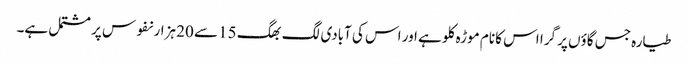
طیارہ جس گاؤں پر گرا اس کا نام موڑہ کلو ہے اور اس کی آبادی لگ بھگ 15 سے 20 ہزار نفوس پر مشتمل ہے۔